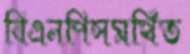
বিএনপিসমর্থিত